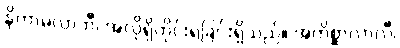
နိကာမလာဘီ၊ အလိုရှိတိုင်းရခြင်းရှိသည်။ အကိစ္ဆာလာလီ၊